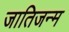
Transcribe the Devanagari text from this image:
जातिजन्म